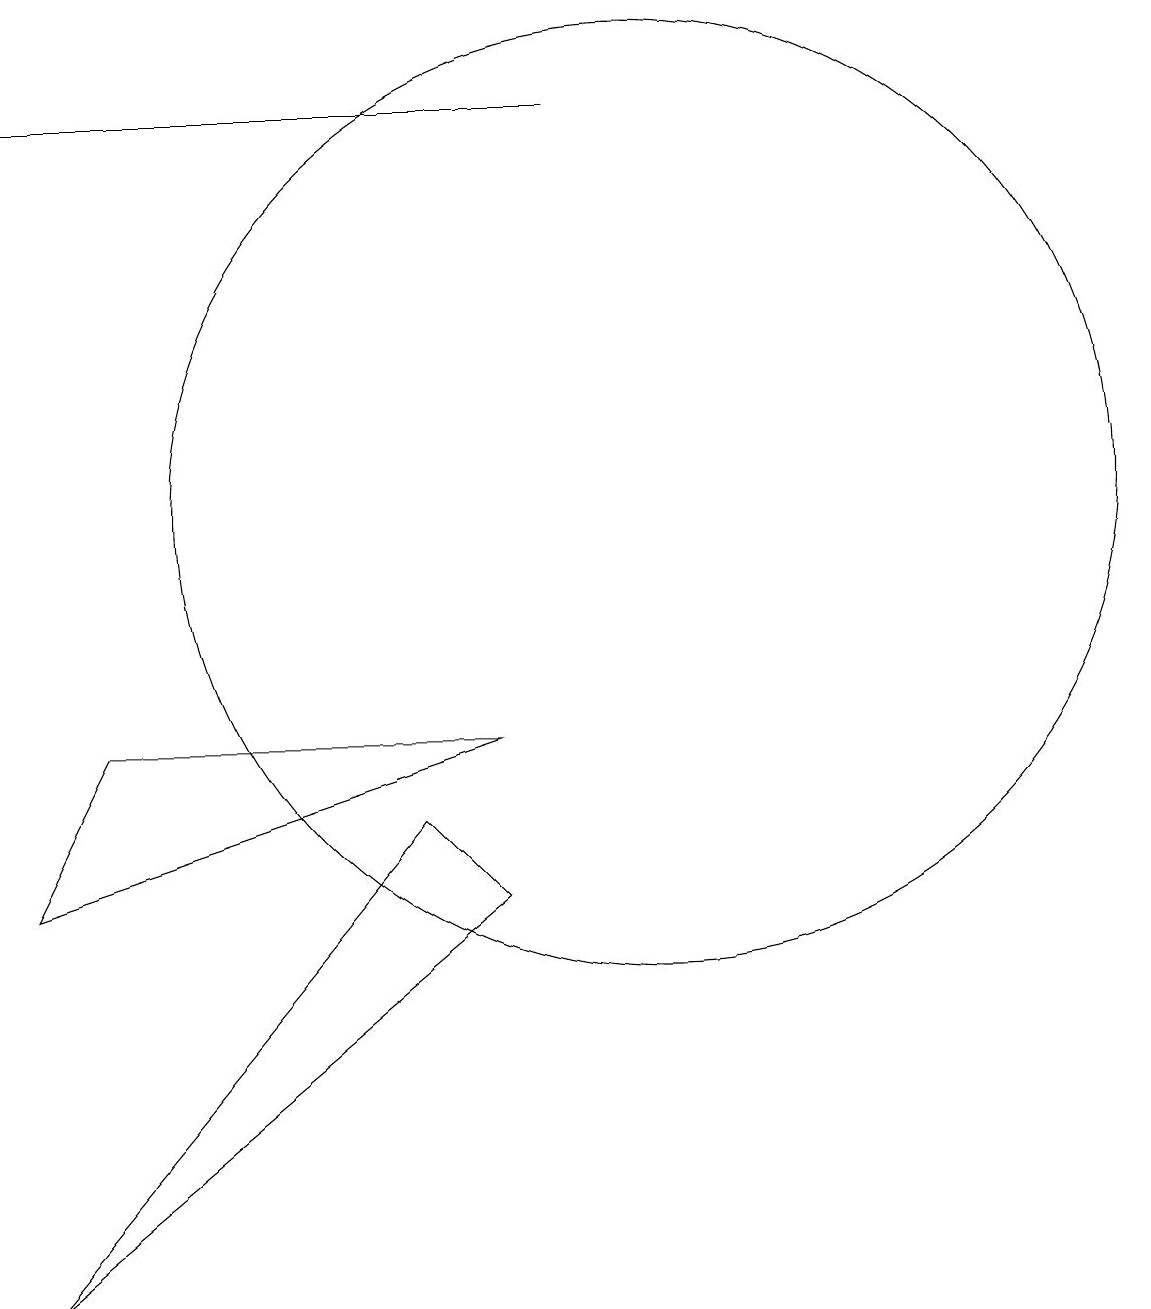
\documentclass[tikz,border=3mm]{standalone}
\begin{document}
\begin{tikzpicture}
\draw (10,12) circle (6);
\draw (9,17) rectangle (2,17);
\draw (8,7) -- (7,8) -- (2,2) -- cycle;
\draw (12,11) circle (0);
\draw (3,9) -- (8,9) -- (2,7) -- cycle;
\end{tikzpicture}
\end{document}